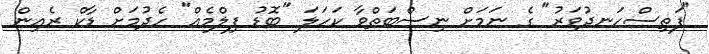
"ފަތިސްހަނދުވަރު" ގެ ނަމަށް ނިސްބަތްވާ ކަހަލަ "ބޮޑު ފިލްމެއް" ހެދުމަށް ޑާކް ރެއިން